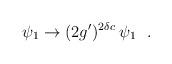
LaTeX: \begin{align*}\psi_1 \rightarrow (2g')^{2\delta c} \: \psi_1~~.\end{align*}